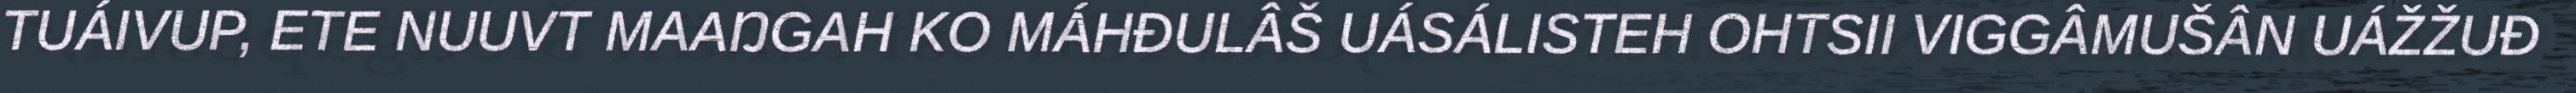
TUÁIVUP, ETE NUUVT MAAŊGAH KO MÁHĐULÂŠ UÁSÁLISTEH OHTSII VIGGÂMUŠÂN UÁŽŽUĐ